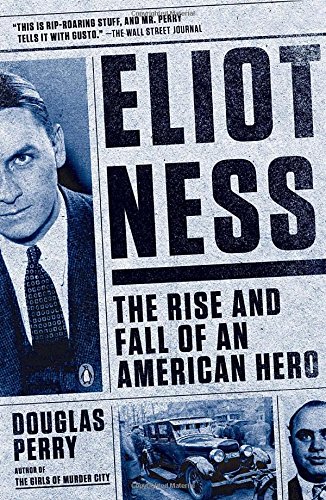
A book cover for Eliot Ness: The Rise and Fall of an American Hero; Douglas Perry; Biographies & Memoirs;